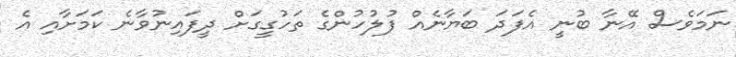
ނަމަވެސް އޭނާ ބުނީ އެފަދަ ބަޔާނެއް ފުލުހުންގެ ތަހުގީގަށް ދީފައިނުވާނެ ކަމަށާއި އެ